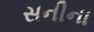
સનીના